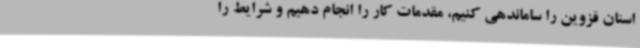
استان قزوین را ساماندهی کنیم، مقدمات کار را انجام دهیم و شرایط را